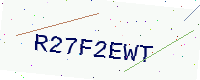
Text: R27F2EWT